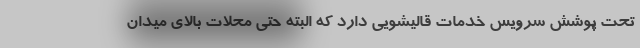
تحت پوشش سرویس خدمات قالیشویی دارد که البته حتی محلات بالای میدان